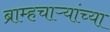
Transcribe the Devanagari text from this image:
ब्राम्हचाऱ्यांच्या